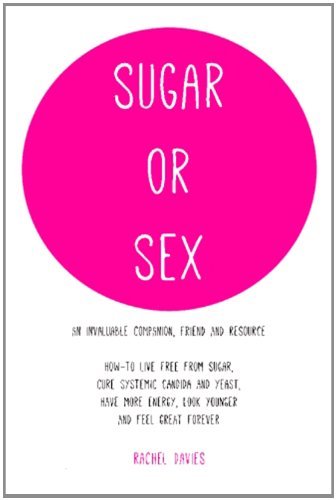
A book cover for Sugar or Sex: an invaluable companion | live free from sugar | cure systemic candida; Rachel Davies; Health, Fitness & Dieting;